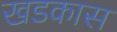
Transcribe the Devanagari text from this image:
खडकास